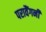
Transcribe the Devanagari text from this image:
परावैंगनी